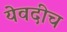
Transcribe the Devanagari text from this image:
येवदीच